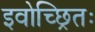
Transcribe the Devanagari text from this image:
इवोच्छ्रितः